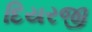
દિયરજી